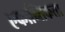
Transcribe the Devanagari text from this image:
एकान्तिकता